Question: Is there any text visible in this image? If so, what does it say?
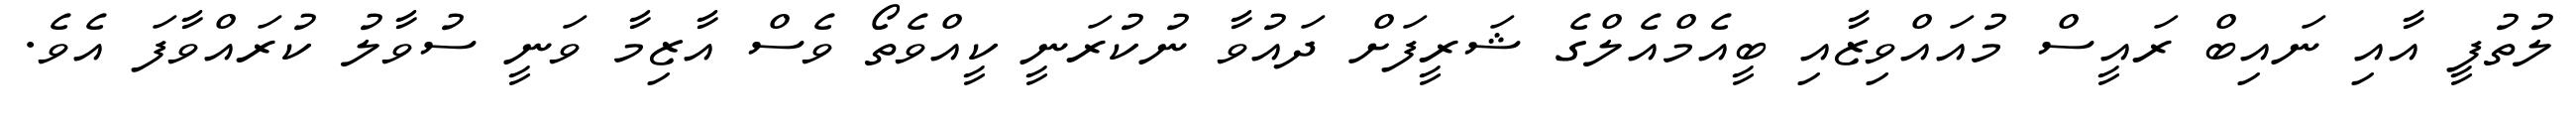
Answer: ލުތުފީ އާއި ނައިބް ރައީސް މުއައްވިޒާއި ބީއެމްއެލްގެ ޝަރީފަށް ދައުވާ ނުކުރަނީ ކީއްވެތޯ ވެސް އާޒިމާ ވަނީ ސުވާލު ކުރައްވާފަ އެވެ.